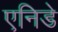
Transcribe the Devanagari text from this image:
एनिडे